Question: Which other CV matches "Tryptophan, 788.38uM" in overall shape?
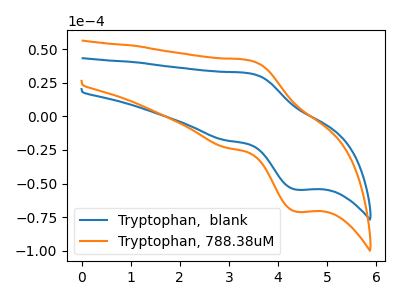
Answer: <think>The blue curve "Tryptophan,  blank" has an anodic peak at (3.40V, 32.10uA) and a cathodic peak at (4.40V, -54.50uA). The orange curve "Tryptophan, 788.38uM" has an anodic peak at (3.40V, 41.80uA) and a cathodic peak at (4.40V, -70.95uA).
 All the peaks in "Tryptophan,  blank" have a peak in "Tryptophan, 788.38uM" at the same potential. Every peak in "Tryptophan,  blank" is lower than every peak in "Tryptophan, 788.38uM".</think>
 <answer>The CV with the most similar shape to "Tryptophan,  blank" is "Tryptophan, 788.38uM".</answer>
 <eval>"Tryptophan, 788.38uM"</eval>